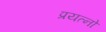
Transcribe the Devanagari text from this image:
प्रयत्नो